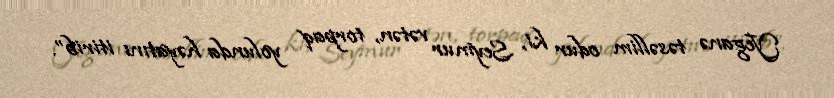
Yeganə təsəllim odur ki, Seymur vətən, torpaq yolunda həyatını itirib”.